Indian journal of veterinary science and animal husbandry - Volume 5,
Year: 1935
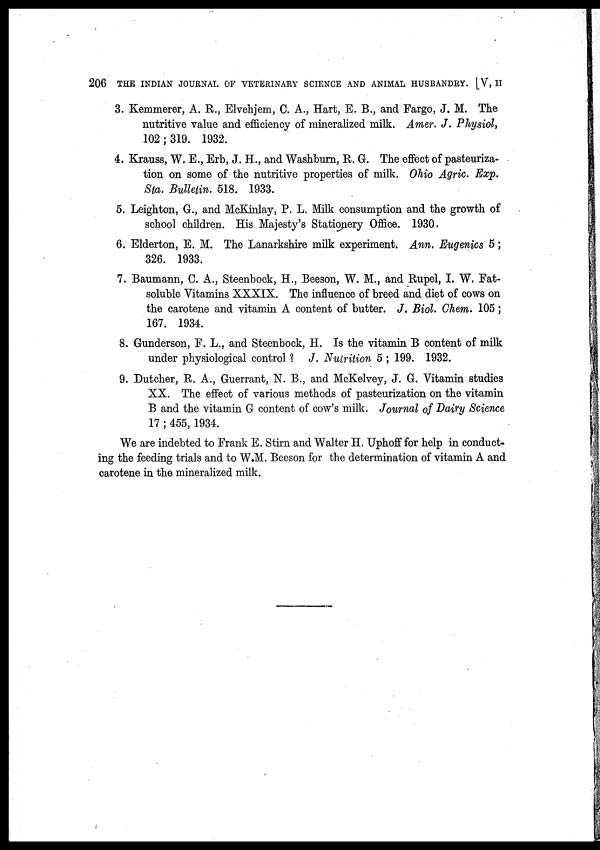
206 THE INDIAN JOURNAL OF VETERINARY SCIENCE AND ANIMAL HUSBANDRY. [V, II
3. Kemmerer, A. R., Elvehjem, C. A., Hart, E. B., and Fargo, J. M. The
nutritive value and efficiency of mineralized milk. Amer. J. Physiol,
102; 319. 1932.
4. Krauss, W. E., Erb, J. H., and Washburn, R. G. The effect of pasteuriza-
tion on some of the nutritive properties of milk. Ohio Agric. Exp.
Sta. Bulletin. 518. 1933.
5. Leighton, G., and McKinlay, P. L. Milk consumption and the growth of
school children. His Majesty's Stationery Office. 1930.
6. Elderton, E. M. The Lanarkshire milk experiment. Ann. Eugenics 5;
326. 1933.
7. Baumann, C. A., Steenbock, H., Beeson, W. M., and Rupel, I. W. Fat-
soluble Vitamins XXXIX. The influence of breed and diet of cows on
the carotene and vitamin A content of butter. J. Biol. Chem. 105;
167. 1934.
8. Gunderson, F. L., and Steenbock, H. Is the vitamin B content of milk
under physiological control ? J. Nutrition 5 ; 199. 1932.
9. Dutcher, R. A., Guerrant, N. B., and McKelvey, J. G. Vitamin studies
XX. The effect of various methods of pasteurization on the vitamin
B and the vitamin G content of cow's milk. Journal of Dairy Science
17 ; 455, 1934.
We are indebted to Frank E. Stirn and Walter H. Uphoff for help in conduct-
ing the feeding trials and to W.M. Beeson for the determination of vitamin A and
carotene in the mineralized milk.